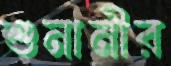
শুনানীর